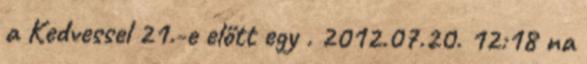
a Kedvessel 21.-e előtt egy . 2012.07.20. 12:18 na